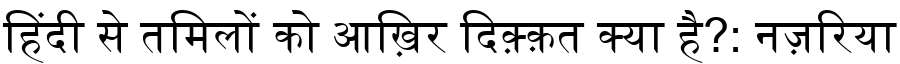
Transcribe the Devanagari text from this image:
हिंदी से तमिलों को आख़िर दिक़्क़त क्या है?: नज़रिया